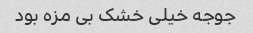
جوجه خیلی خشک بی مزه بود